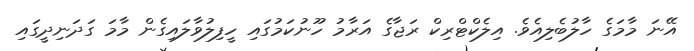
އޭނަ މާމަގެ ހާލުބެލިއެވެ. އިލެކްޓްރިކް ރަޖާގެ އަރާމު ހޫނުކަމުގައި ހީފިލުވާލައިގެން މާމަ ގަދަނިދީގައި